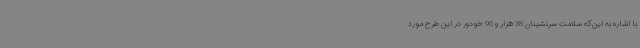
با اشاره به این‌که سلامت سرنشینان 38 هزار و 96 خودور در این طرح مورد